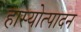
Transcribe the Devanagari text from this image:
हास्योत्पादन